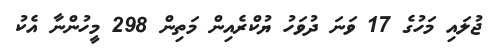
ޖުލައި މަހުގެ 17 ވަނަ ދުވަހު ޔުކްރެއިން މަތިން 298 މީހުންނާ އެކު